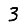
Digit: 3